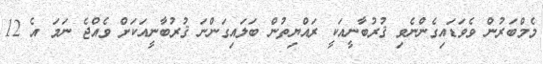
މެމްބަރުން ވެވަޑައިގެންނެވި ޤުރުބާނީއަކީ ރައްޔިތުން ބަލައިގަންނަ ޤުރުބާނީއަކަށް ވެއްޖެ ނަމަ އެ 12